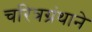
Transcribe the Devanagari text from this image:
चरित्रग्रंथाने